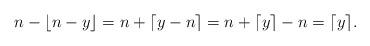
LaTeX: \begin{align*}n-\lfloor n-y\rfloor=n+\lceil y-n\rceil=n+\lceil y\rceil-n=\lceil y\rceil.\end{align*}